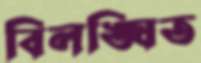
বিলঙ্ঘিত